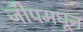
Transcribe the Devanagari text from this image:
जीपमधून